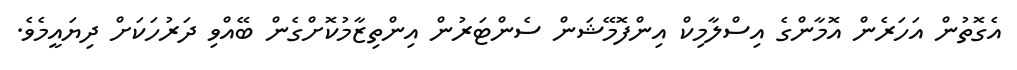
އެގޮތުން އަހަރެން އޮމާންގެ އިސްލާމިކް އިންފޮމޭޝަން ސެންޓަރުން އިންތިޒާމުކޮށްގެން ބޭއްވި ދަރުހަކަށް ދިޔައީމެވެ.